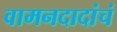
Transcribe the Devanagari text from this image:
वामनदादांचं